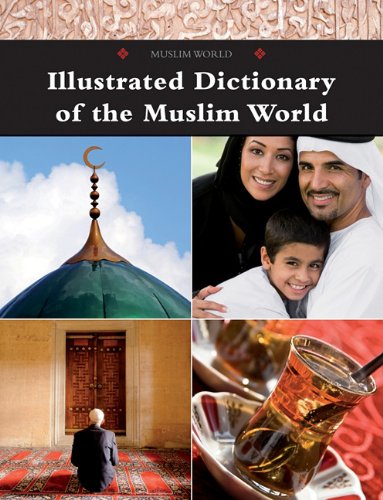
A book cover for Illustrated Dictionary of the Muslim World; Teen & Young Adult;